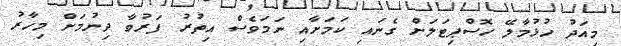
މިއަދު ހުޅުމާލޭ ހޮސްޕިޓަލަށް ގެނައި ކަމަށާއި ނަމަވެސް އިތުރު ފަރުވާ ދިނުމަށް މިހާރު